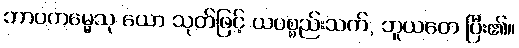
ဘာဝကမ္မေသု ယော သုတ်ဖြင့် ယပစ္စည်းသက်, ဘူယတေ ပြီး၏။